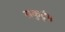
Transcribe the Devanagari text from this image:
सकुटुंब